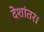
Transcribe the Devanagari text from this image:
देशांतर।